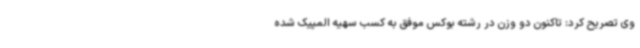
وی تصریح کرد: تاکنون دو وزن در رشته بوکس موفق به کسب سهیه المپیک شده